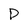
Character: D